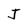
Character: J